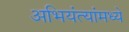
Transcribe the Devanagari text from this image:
अभियंत्यांमध्ये